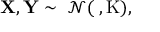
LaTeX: \mathbf { X } , \mathbf { Y } \sim \ { \mathcal { N } } ( \mathbf { \mu } , \operatorname { K } ) ,